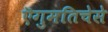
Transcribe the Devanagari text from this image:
ऎगुमतिचेसे